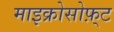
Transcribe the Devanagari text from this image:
माइक्रोसोफ़्ट